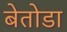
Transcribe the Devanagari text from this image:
बेतोडा